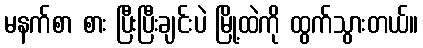
မနက်စာ စား ပြီးပြီးချင်းပဲ မြို့ထဲကို ထွက်သွားတယ်။